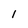
Character: l